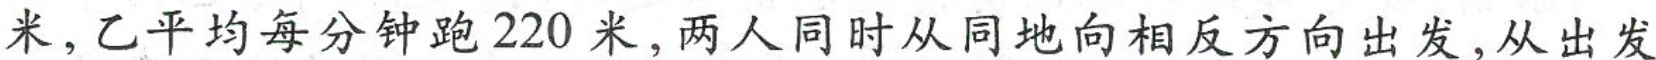
米。乙平均每分钟跑220米，两人同时从同地向相反方向出发，从出发